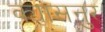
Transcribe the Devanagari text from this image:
क्यासनुर